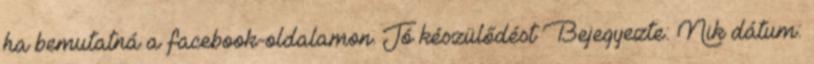
ha bemutatná a facebook-oldalamon. Jó készülődést Bejegyezte: Nik dátum: